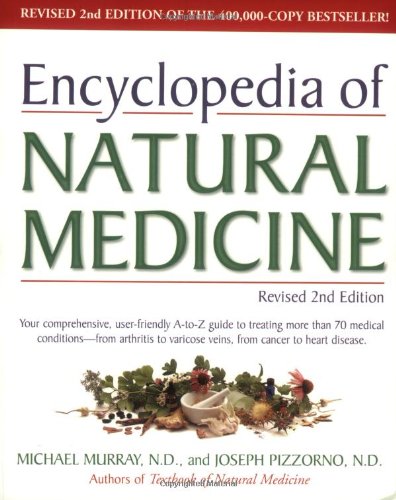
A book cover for Encyclopedia of Natural Medicine, Revised Second Edition; Michael T. Murray N.D.; Health, Fitness & Dieting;